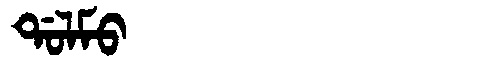
Manchu: ᡩᠣᠯᠮᠣ
Romanization: DOLMO